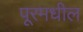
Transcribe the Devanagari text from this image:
पूरमधील